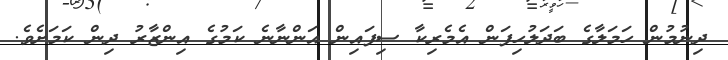
ދިނުމުން ހަމަލާގެ ބަދަލުހިފަން އެމެރިކާ ސިފައިން އަންނާނެ ކަމުގެ އިންޒާރު ދިން ކަމަށެވެ.